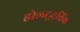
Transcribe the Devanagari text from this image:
होल्ट्ज़ब्रिंक